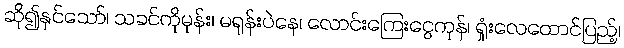
ဆို၍နှင်သော်၊ သခင်ကိုမုန်း၊ မရုန်းပဲနေ၊ လောင်းကြေးငွေကုန်၊ ရှုံးလေထောင်ပြည့်၊